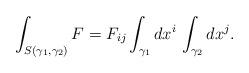
LaTeX: \begin{align*}\int_{S(\gamma_1,\gamma_2)} F = F_{ij} \int_{\gamma_1} dx^i \,\int_{\gamma_2} dx^j.\end{align*}